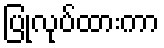
ပြုလုပ်ထားကာ